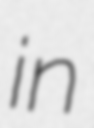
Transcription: in